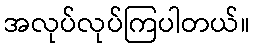
အလုပ်လုပ်ကြပါတယ်။